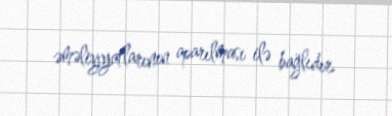
əməliyyatlarının aparılması ilə bağlıdır.